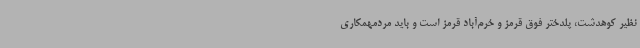
نظیر کوهدشت، پلدختر فوق قرمز و خرم‌آباد قرمز است و باید مردمهمکاری